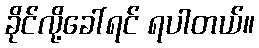
ခိုင်လို့ခေါ်ရင် ရပါတယ်။